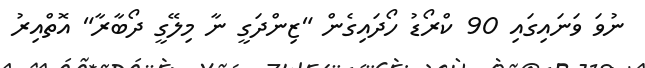
ނުވަ ވަނައިގައި 90 ކްރޯޑު ހޯދައިގެން "ޒިންދަގީ ނާ މިލޭގީ ދޯބާރާ" އޮތްއިރު